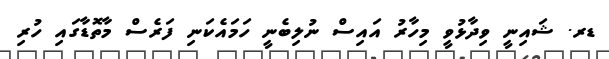
ޑރ. ޝައިނީ ވިދާޅުވީ މިހާރު އައިސް ނުލިބެނީ ހަމައެކަނި ފަރެސް މާތޮޑާގައި ހުރި